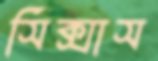
সিক্সাস